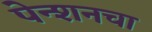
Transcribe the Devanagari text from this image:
पेन्शनचा